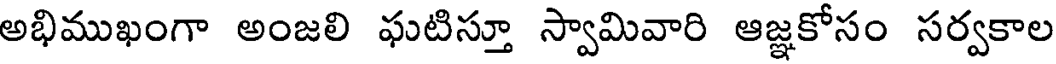
అభిముఖంగా అంజలి ఘటిస్తూ స్వామివారి ఆజ్ఞకోసం సర్వకాల